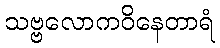
သဗ္ဗလောကဝိနေတာရံ